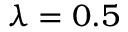
\lambda = 0 . 5